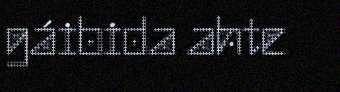
gáibida ahte